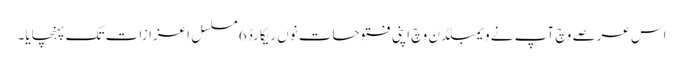
اس عرصے وچ آپ نے ویمبلڈن وچ اپنی فتوحات نو‏‏ں ریکارڈ 6 مسلسل اعزازات تک پہنچایا۔